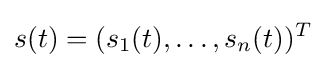
s(t)=(s_{1}(t),\dots ,s_{n}(t))^{T}